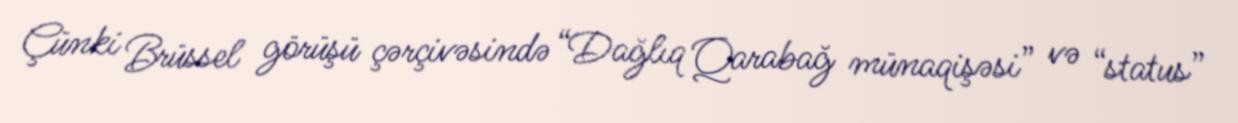
Çünki Brüssel görüşü çərçivəsində “Dağlıq Qarabağ münaqişəsi” və “status”